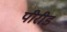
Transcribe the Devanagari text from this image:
पीरीड